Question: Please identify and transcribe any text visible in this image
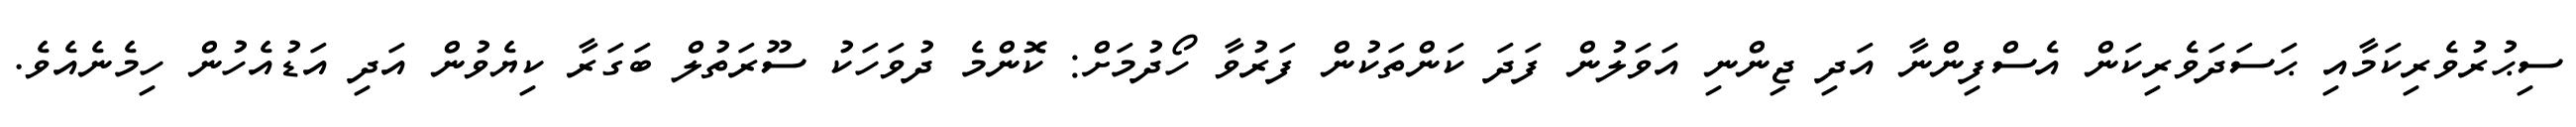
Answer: ސިޙުރުވެރިކަމާއި ޙަސަދަވެރިކަން އެސްފިންނާ އަދި ޖިންނި އަވަލުން ފަދަ ކަންތަކުން ފަރުވާ ހޯދުމަށް: ކޮންމެ ދުވަހަކު ސޫރަތުލް ބަގަރާ ކިޔެވުން އަދި އަޑުއެހުން ހިމެނެއެވެ.